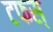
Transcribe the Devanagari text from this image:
टफस्